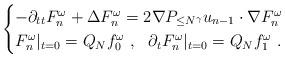
LaTeX: \begin{align*}\begin{cases}-\partial_{tt} F_{n}^\omega+\Delta F_{n}^\omega = 2 \nabla P_{\leq N^\gamma} u_{n-1} \cdot \nabla F_{n}^\omega\\F_{n}^\omega|_{t=0} = Q_N f_0^\omega~,~~ \partial_t F_{n}^\omega|_{t=0} = Q_N f_1^\omega~. \end{cases}\end{align*}